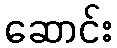
ဆောင်း